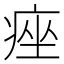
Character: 痤